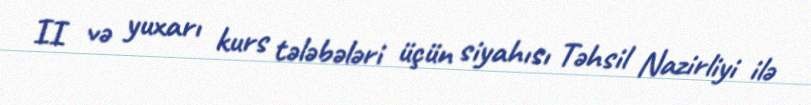
II və yuxarı kurs tələbələri üçün siyahısı Təhsil Nazirliyi ilə